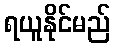
ရယူနိုင်မည်